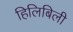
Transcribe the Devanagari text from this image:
हिलिबिली